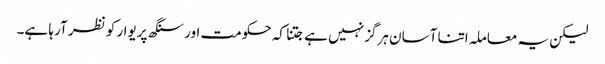
لیکن یہ معاملہ اتنا آسان ہرگز نہیں ہے جتنا کہ حکومت اور سنگھ پریوار کو نظر آرہا ہے۔